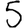
Digit: 5